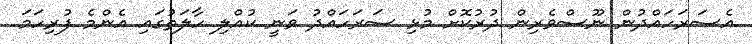
އެސަރަހައްދުން ނޫސްވެރިން ދުރުކޮށް މުޅި ސަރަހައްދު ވަނީ ކުއްލި ހާލަތުގައި އެންމެ ފުރިހަމަ